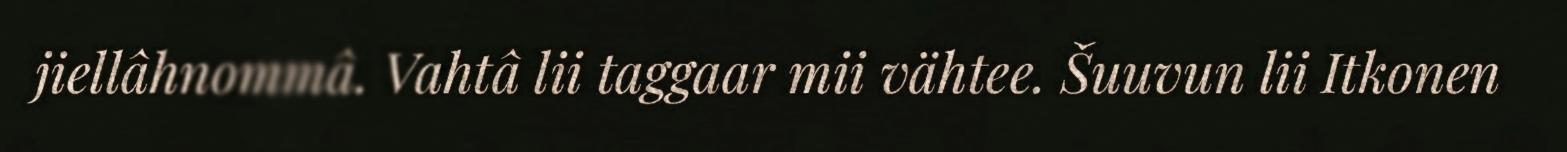
jiellâhnommâ. Vahtâ lii taggaar mii vähtee. Šuuvun lii Itkonen